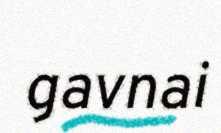
gavnai